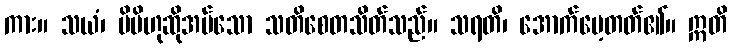
ကား။ သယံ၊ မိမိဟုဆိုအပ်သော သတိစေတသိတ်သည်။ သရတိ၊ အောက်မေ့တတ်၏။ ဣတိ